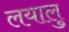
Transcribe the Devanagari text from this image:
लयालु